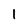
Character: 1